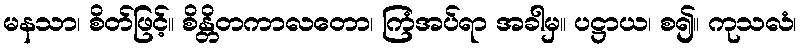
မနသာ၊ စိတ်ဖြင့်။ စိန္တိတကာလတော၊ ကြံအပ်ရာ အခါမှ။ ပဋ္ဌာယ၊ စ၍။ ကုသလံ၊